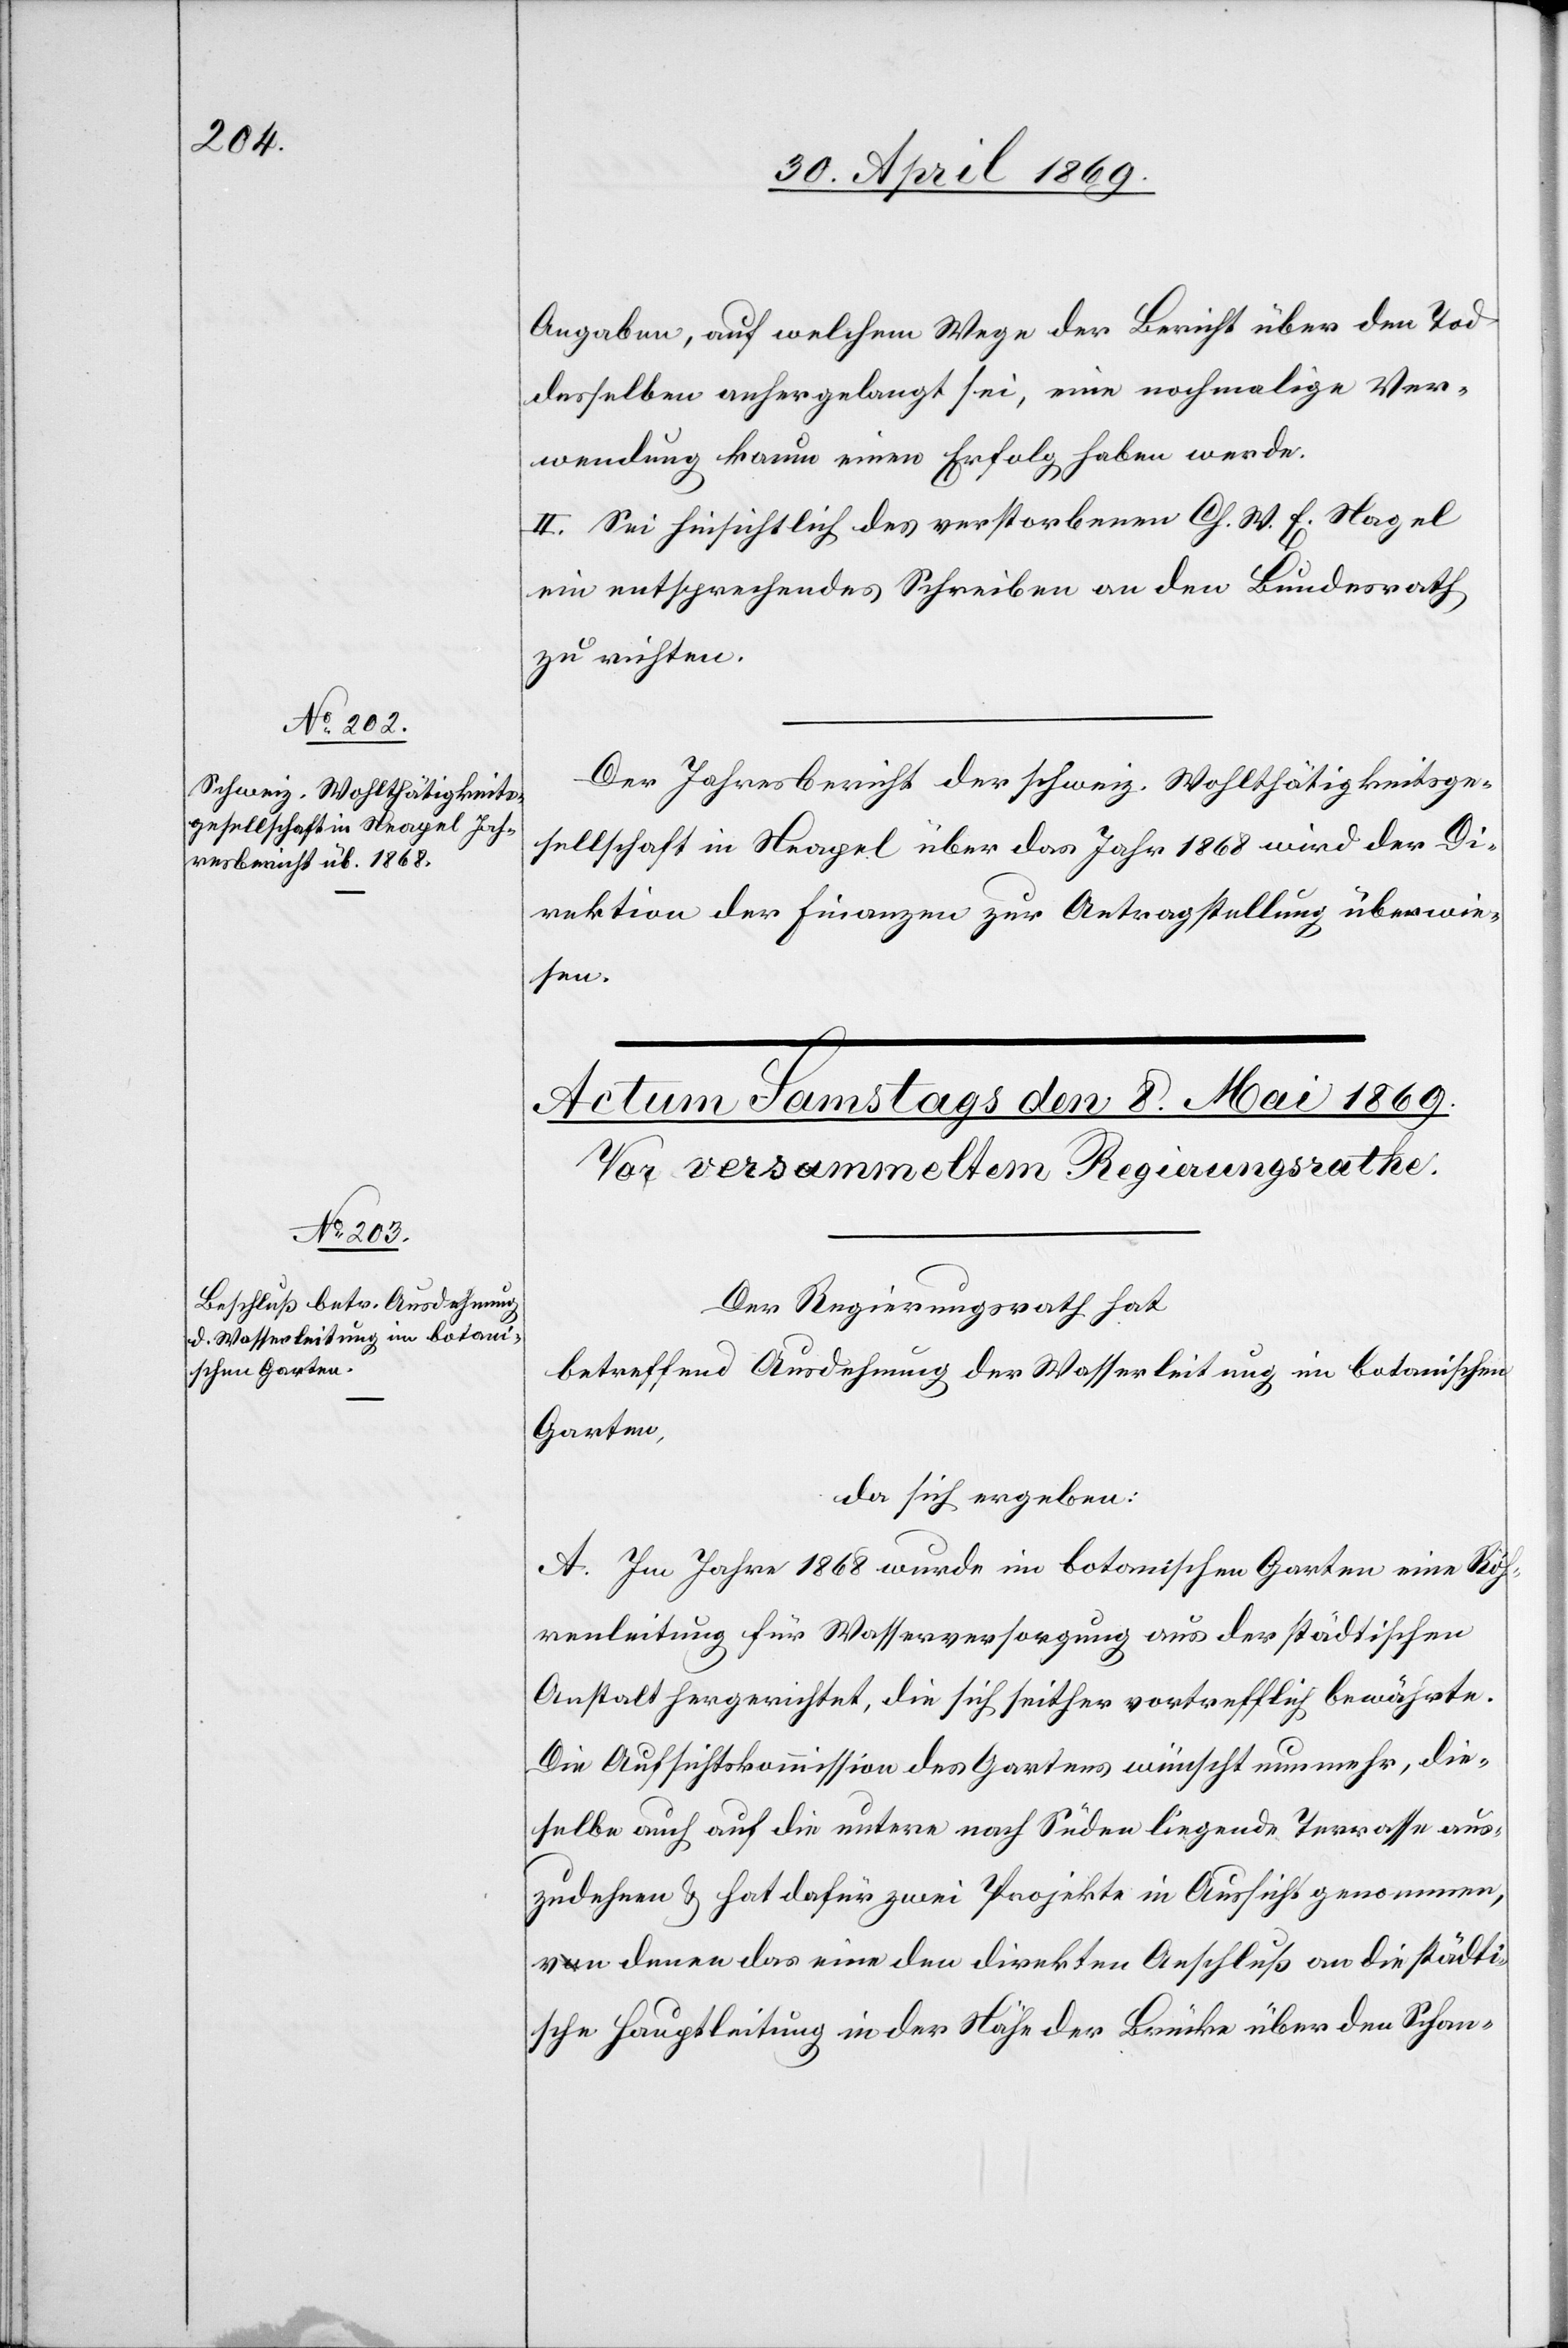
Angaben, auf welchem Wege der Bericht über den Tod
desselben anhergelangt sei, eine nochmalige Ver¬
wendung kaum einen Erfolg haben werde.
II. Sei hinsichtlich des verstorbenen Ch. W. E. Nagel
ein entsprechendes Schreiben an den Bundesrath
zu richten.
Der Jahresbericht der schweiz. Wohlthätigkeitsge¬
sellschaft in Neapel über das Jahr 1868 wird der Di¬
rektion der Finanzen zur Antragstellung überwie¬
sen.
Der Regierungsrath hat
betreffend Ausdehnung der Wasserleitung im botanischen
Garten,
da sich ergeben:
A. Im Jahre 1868 wurde im botanischen Garten eine Röh¬
renleitung für Wasserversorgung aus der städtischen
Anstalt hergerichtet, die sich seither vortrefflich bewährte.
Die Aufsichtskommission des Gartens wünscht nunmehr, die¬
selbe auch auf die untere nach Süden liegende Terrasse aus¬
zudehnen u. hat dafür zwei Projekte in Aussicht genommen,
von denen das eine den direkten Anschluß an die städti¬
sche Hauptleitung in der Nähe der Brücke über den Schan-